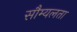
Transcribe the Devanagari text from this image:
सौम्‍यलता